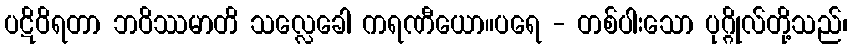
ပဋိဝိရတာ ဘဝိဿမာတိ သလ္လေခေါ ကရဏီယော။ပရေ - တစ်ပါးသော ပုဂ္ဂိုလ်တို့သည်၊